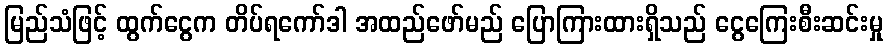
မြည်သံဖြင့် ထွက်ငွေက တိပ်ရကော်ဒါ အထည်ဖော်မည် ပြောကြားထားရှိသည် ငွေကြေးစီးဆင်းမှု